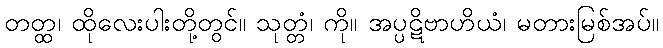
တတ္ထ၊ ထိုလေးပါးတို့တွင်။ သုတ္တံ၊ ကို။ အပ္ပဋိဗာဟိယံ၊ မတားမြစ်အပ်။